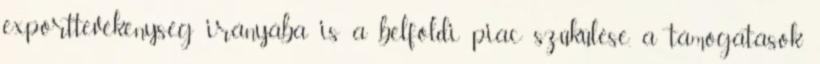
exporttevékenység irányába is a belföldi piac szûkülése, a támogatások